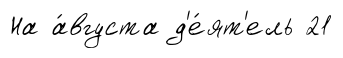
На а́вгуста д'е́ят'ель 21